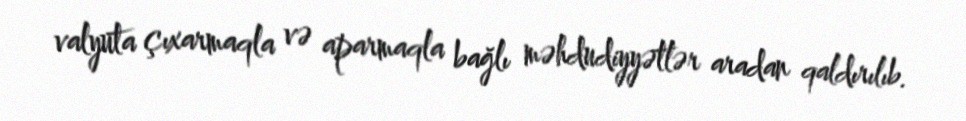
valyuta çıxarmaqla və aparmaqla bağlı məhdudiyyətlər aradan qaldırılıb.